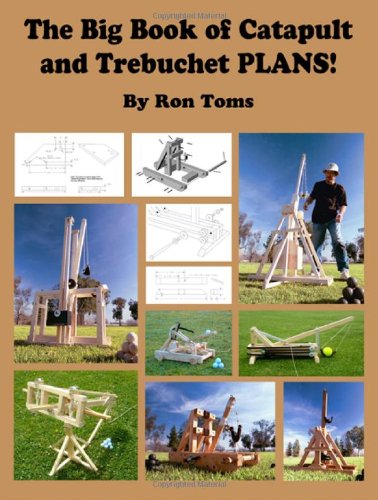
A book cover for The Big Book of Catapult and Trebuchet Plans!; Ron L. Toms; Children's Books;